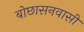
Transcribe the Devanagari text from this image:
बोछासनवासी